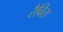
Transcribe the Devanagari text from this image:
रैविरा